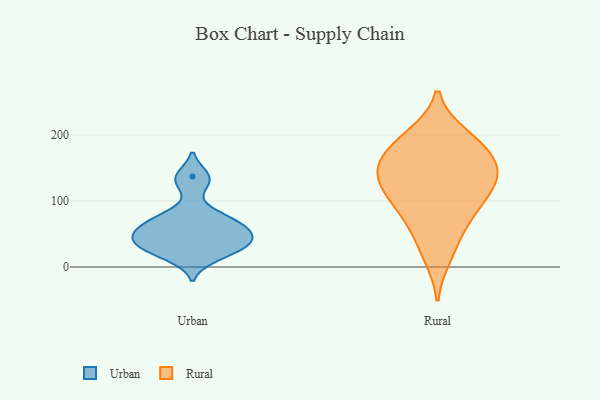
{"axis": {"x": "Tickets Resolved", "y": "Value"}, "legend": ["Rural", "Urban"], "data": [{"x": "", "y": 41, "type": "Urban"}, {"x": "", "y": 33, "type": "Urban"}, {"x": "", "y": 51, "type": "Urban"}, {"x": "", "y": 15, "type": "Urban"}, {"x": "", "y": 127, "type": "Urban"}, {"x": "", "y": 56, "type": "Urban"}, {"x": "", "y": 25, "type": "Urban"}, {"x": "", "y": 19, "type": "Urban"}, {"x": "", "y": 32, "type": "Urban"}, {"x": "", "y": 46, "type": "Urban"}, {"x": "", "y": 63, "type": "Urban"}, {"x": "", "y": 46, "type": "Urban"}, {"x": "", "y": 62, "type": "Urban"}, {"x": "", "y": 137, "type": "Urban"}, {"x": "", "y": 75, "type": "Urban"}, {"x": "", "y": 135, "type": "Urban"}, {"x": "", "y": 34, "type": "Urban"}, {"x": "", "y": 73, "type": "Urban"}, {"x": "", "y": 79, "type": "Urban"}, {"x": "", "y": 118, "type": "Rural"}, {"x": "", "y": 15, "type": "Rural"}, {"x": "", "y": 40, "type": "Rural"}, {"x": "", "y": 81, "type": "Rural"}, {"x": "", "y": 138, "type": "Rural"}, {"x": "", "y": 120, "type": "Rural"}, {"x": "", "y": 198, "type": "Rural"}, {"x": "", "y": 180, "type": "Rural"}, {"x": "", "y": 91, "type": "Rural"}, {"x": "", "y": 174, "type": "Rural"}, {"x": "", "y": 139, "type": "Rural"}, {"x": "", "y": 153, "type": "Rural"}, {"x": "", "y": 200, "type": "Rural"}, {"x": "", "y": 133, "type": "Rural"}, {"x": "", "y": 78, "type": "Rural"}, {"x": "", "y": 161, "type": "Rural"}]}